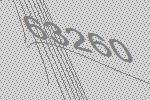
63260